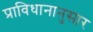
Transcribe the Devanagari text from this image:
प्राविधानानुसार